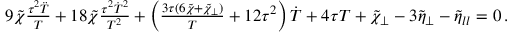
\begin{array} { r l r } & { } & { 9 \tilde { \chi } \frac { \tau ^ { 2 } \ddot { T } } { T } + 1 8 \tilde { \chi } \frac { \tau ^ { 2 } \dot { T } ^ { 2 } } { T ^ { 2 } } + \left( \frac { 3 \tau ( 6 \tilde { \chi } + \tilde { \chi } _ { \perp } ) } { T } + 1 2 \tau ^ { 2 } \right) \dot { T } + 4 \tau T + \tilde { \chi } _ { \perp } - 3 \tilde { \eta } _ { \perp } - \tilde { \eta } _ { l l } = 0 \, . } \end{array}